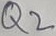
Text: Q2